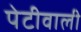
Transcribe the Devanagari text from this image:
पेटीवाली